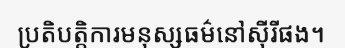
ប្រតិបត្តិការមនុស្សធម៌នៅស៊ីរីផង។